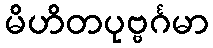
မိဟိတပုဗ္ဗင်္ဂမာ